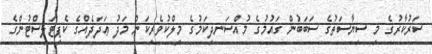
ސަރުކާރުގެ މި ސިޔާސަތުގެ ސަބަބުން ގައުމުގެ މުއްސަނދިކަމުގެ މިލްކުވެރިކަން މަދު ޢަދަދެއްގެ ކެޕިޓަލިސްޓުންގެ